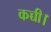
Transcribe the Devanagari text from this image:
कच्ची।